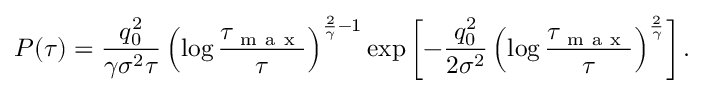
P ( \tau ) = \frac { q _ { 0 } ^ { 2 } } { \gamma \sigma ^ { 2 } \tau } \left( \log \frac { \tau _ { \mathrm { ~ m ~ a ~ x ~ } } } { \tau } \right) ^ { \frac { 2 } { \gamma } - 1 } \exp \left[ - \frac { q _ { 0 } ^ { 2 } } { 2 \sigma ^ { 2 } } \left( \log \frac { \tau _ { \mathrm { ~ m ~ a ~ x ~ } } } { \tau } \right) ^ { \frac { 2 } { \gamma } } \right] .